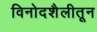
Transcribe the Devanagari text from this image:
विनोदशैलीतून